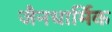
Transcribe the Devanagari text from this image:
जैनधार्मिक